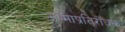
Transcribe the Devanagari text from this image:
ऊष्माप्रतिरोधक